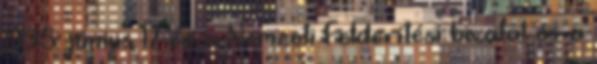
1998. június 17-én a Nemzeti Felderítési hivatal és a